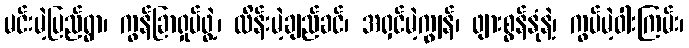
မင်းမဲ့ပြည်ရွာ၊ ကွန်ခြာရှုပ်ဖွဲ့၊ ထိန်းမဲ့ချည်ခင်၊ အရှင်မဲ့ကျွန်၊ ဖျားစွန်နုံနဲ့၊ ကွပ်မဲ့ဝါးကြမ်း၊